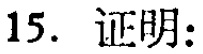
15. 证明: